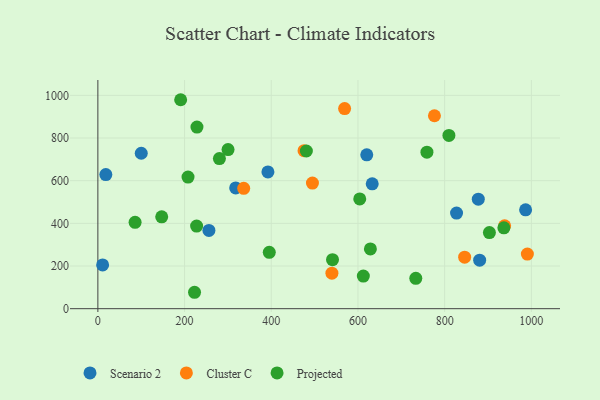
{"axis": {"x": "Investment", "y": "Salary"}, "legend": ["Cluster C", "Projected", "Scenario 2"], "data": [{"x": "256.2", "y": 367.0, "type": "Scenario 2"}, {"x": "880.7", "y": 227.5, "type": "Scenario 2"}, {"x": "877.6", "y": 513.1, "type": "Scenario 2"}, {"x": "18.4", "y": 628.8, "type": "Scenario 2"}, {"x": "392.3", "y": 640.9, "type": "Scenario 2"}, {"x": "632.9", "y": 585.5, "type": "Scenario 2"}, {"x": "11.0", "y": 205.3, "type": "Scenario 2"}, {"x": "100.1", "y": 728.7, "type": "Scenario 2"}, {"x": "317.9", "y": 565.9, "type": "Scenario 2"}, {"x": "986.7", "y": 463.2, "type": "Scenario 2"}, {"x": "827.4", "y": 448.0, "type": "Scenario 2"}, {"x": "620.3", "y": 721.4, "type": "Scenario 2"}, {"x": "776.4", "y": 904.4, "type": "Cluster C"}, {"x": "938.3", "y": 388.4, "type": "Cluster C"}, {"x": "336.4", "y": 564.4, "type": "Cluster C"}, {"x": "495.0", "y": 588.7, "type": "Cluster C"}, {"x": "846.1", "y": 241.5, "type": "Cluster C"}, {"x": "475.6", "y": 740.5, "type": "Cluster C"}, {"x": "990.8", "y": 255.8, "type": "Cluster C"}, {"x": "569.2", "y": 938.1, "type": "Cluster C"}, {"x": "539.9", "y": 166.4, "type": "Cluster C"}, {"x": "759.1", "y": 733.8, "type": "Projected"}, {"x": "809.8", "y": 812.0, "type": "Projected"}, {"x": "191.0", "y": 979.5, "type": "Projected"}, {"x": "903.2", "y": 356.8, "type": "Projected"}, {"x": "228.6", "y": 851.1, "type": "Projected"}, {"x": "223.0", "y": 76.9, "type": "Projected"}, {"x": "628.7", "y": 280.0, "type": "Projected"}, {"x": "604.1", "y": 514.5, "type": "Projected"}, {"x": "85.9", "y": 404.7, "type": "Projected"}, {"x": "733.4", "y": 142.4, "type": "Projected"}, {"x": "208.0", "y": 617.0, "type": "Projected"}, {"x": "227.8", "y": 387.1, "type": "Projected"}, {"x": "147.3", "y": 430.5, "type": "Projected"}, {"x": "936.6", "y": 379.2, "type": "Projected"}, {"x": "395.4", "y": 264.1, "type": "Projected"}, {"x": "280.4", "y": 703.7, "type": "Projected"}, {"x": "481.0", "y": 739.2, "type": "Projected"}, {"x": "300.3", "y": 745.9, "type": "Projected"}, {"x": "541.3", "y": 229.7, "type": "Projected"}, {"x": "612.4", "y": 153.0, "type": "Projected"}]}